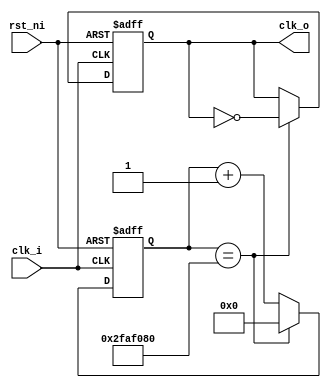
module div_freq(
	input clk_i,
	input rst_ni,
	output reg clk_o
);

	reg [31:0] cuenta_r;

	always @(posedge clk_i, negedge rst_ni) begin
		if(!rst_ni) begin
			clk_o <= 1'b1;
			cuenta_r <= 32'b0;
		end
		else begin
			if(cuenta_r == 32'd50_000_000) begin
					cuenta_r <= 32'd0;
					clk_o <= ~clk_o;
			end
			else begin
				cuenta_r <= cuenta_r + 1'b1;
			end
		end
	end
	
endmodule